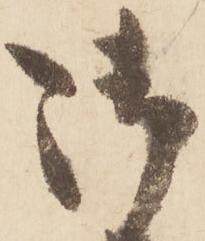
御